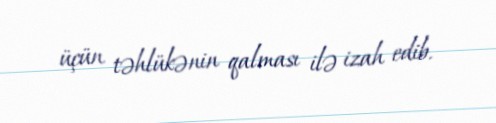
üçün təhlükənin qalması ilə izah edib.